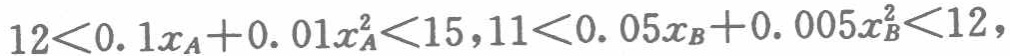
\(12<0.1x_A + 0.01x_A^2<15,11<0.05x_B + 0.005x_B^2<12,\)